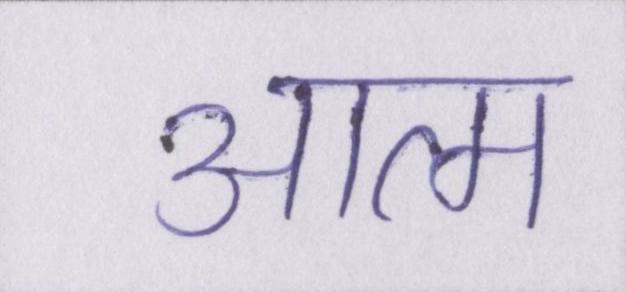
आत्म